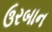
ઉરબાન